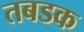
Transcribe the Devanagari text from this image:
तबडक